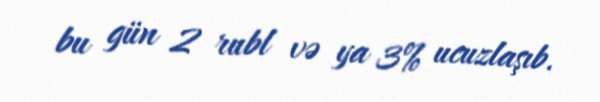
bu gün 2 rubl və ya 3% ucuzlaşıb.